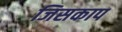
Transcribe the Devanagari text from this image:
जिसकाप